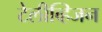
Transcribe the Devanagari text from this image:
टेलीव्हिजन